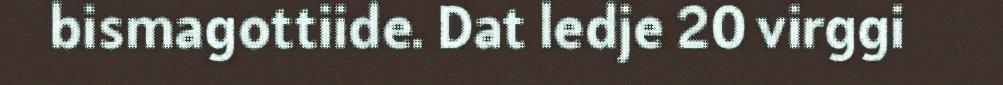
bismagottiide. Dat ledje 20 virggi